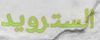
السترويد